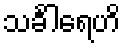
သင်္ခါရေဟိ